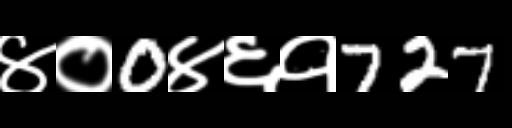
Text: ४०0४६१727